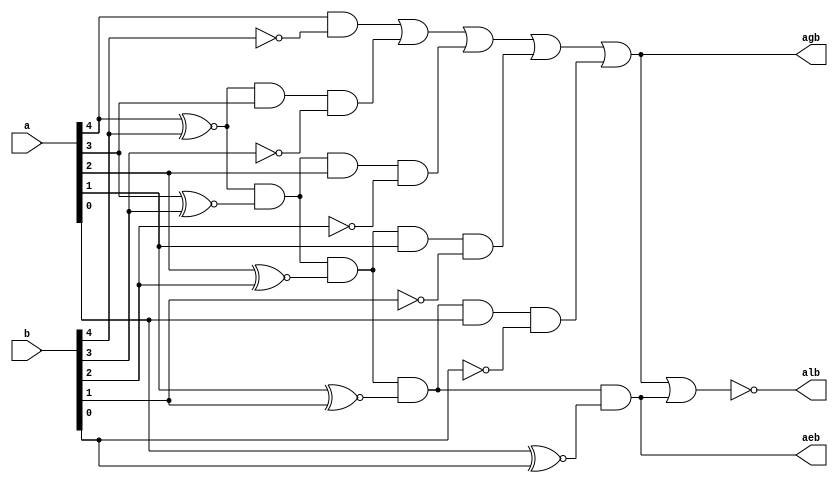
module q1(a,b,agb,alb,aeb);
	input [4:0]a,b;
	output agb,alb,aeb;
	wire [4:0]i;
	wire m,n,o,p,q;
	assign i[4]=a[4]~^b[4];
	assign i[3]=a[3]~^b[3];
	assign i[2]=a[2]~^b[2];
	assign i[1]=a[1]~^b[1];
	assign i[0]=a[0]~^b[0];
	assign m=(a[4]&(~(b[4])));
	assign n=(i[4]&a[3]&(~(b[3])));
	assign o=(i[4]&i[3]&a[2]&(~(b[2])));
	assign p=(i[4]&i[3]&i[2]&a[1]&(~(b[1])));
	assign q=(i[4]&i[3]&i[2]&i[1]&a[0]&(~(b[0])));
	assign agb=(m|n|o|p|q);
	assign aeb=i[4]&i[3]&i[2]&i[1]&i[0];
	assign alb=(~(agb|aeb));
endmodule